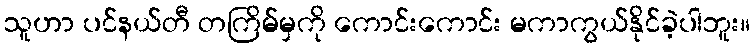
သူဟာ ပင်နယ်တီ တကြိမ်မှကို ကောင်းကောင်း မကာကွယ်နိုင်ခဲ့ပါဘူး။